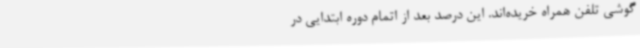
گوشی تلفن همراه خریده‌اند. این‌ درصد بعد از اتمام دوره ابتدایی در